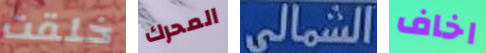
خلقت المحرك الشمالى اخاف